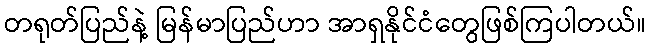
တရုတ်ပြည်နဲ့ မြန်မာပြည်ဟာ အာရှနိုင်ငံတွေဖြစ်ကြပါတယ်။